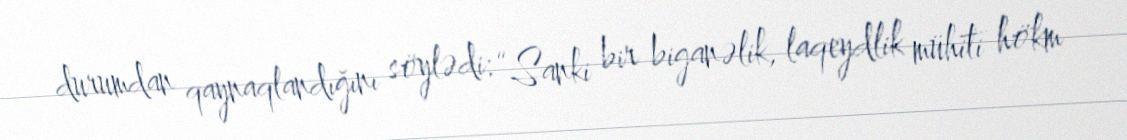
durumdan qaynaqlandığını söylədi: “Sanki bir biganəlik, laqeydlik mühiti hökm